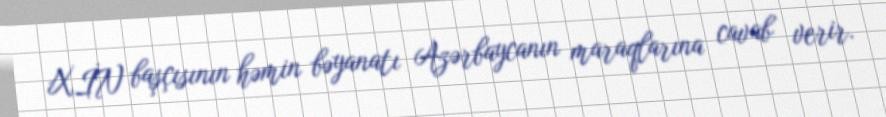
XİN başçısının həmin bəyanatı Azərbaycanın maraqlarına cavab verir.